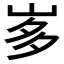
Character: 𭖚